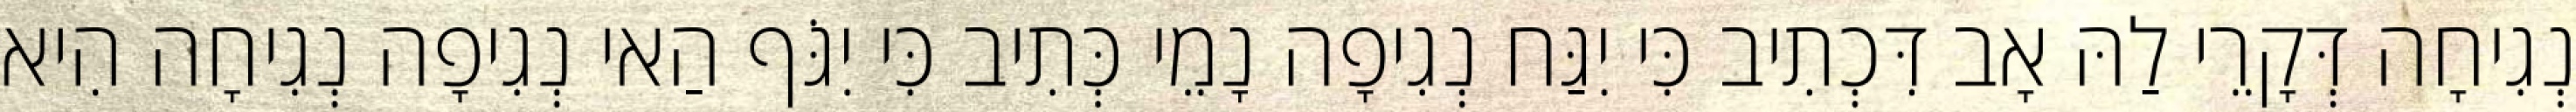
נְגִיחָה דְּקָרֵי לַהּ אָב דִּכְתִיב כִּי יִגַּח נְגִיפָה נָמֵי כְּתִיב כִּי יִגֹּף הַאי נְגִיפָה נְגִיחָה הִיא